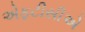
એફટીસીએ